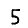
Digit: 5